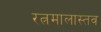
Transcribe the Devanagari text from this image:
रत्नमालास्तव